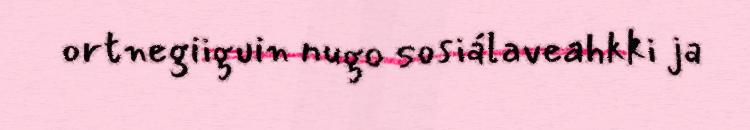
ortnegiiguin nugo sosiálaveahkki ja